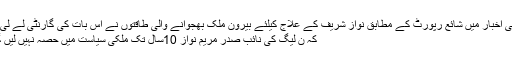
مقامی اخبار میں شائع رپورٹ کے مطابق نواز شریف کے علاج کیلئے بیرون ملک بھجوانے والی طاقتوں نے اس بات کی گارنٹی لے لی ہے
کہ ن لیگ کی نائب صدر مریم نواز 10سال تک ملکی سیاست میں حصہ نہیں لیں گی ۔